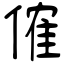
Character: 傕